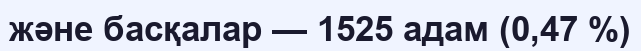
және басқалар — 1525 адам (0,47 %)